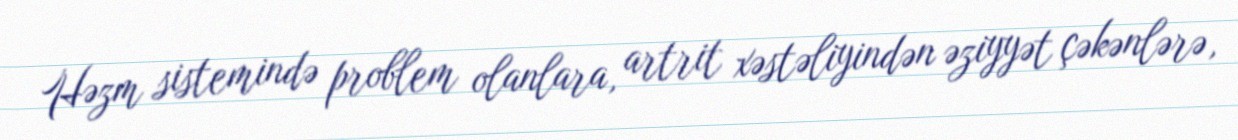
Həzm sistemində problem olanlara, artrit xəstəliyindən əziyyət çəkənlərə,